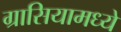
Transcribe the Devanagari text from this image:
ग्रासियामध्ये